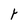
Character: t